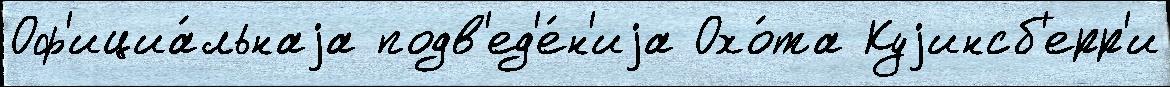
Оф'ициа́льнаjа подв'ед'е́н'иjа Охо́та Куjинсб'ерр'и